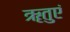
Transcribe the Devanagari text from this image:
ॠतुएं